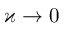
\varkappa \to 0